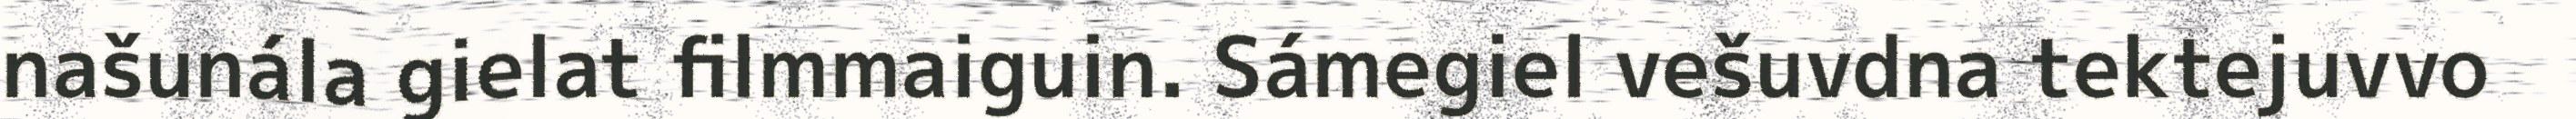
našunála gielat filmmaiguin. Sámegiel vešuvdna tektejuvvo